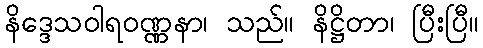
နိဒ္ဒေသဝါရဝဏ္ဏနာ၊ သည်။ နိဋ္ဌိတာ၊ ပြီးပြီ။